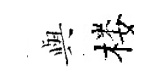
𫤰楼